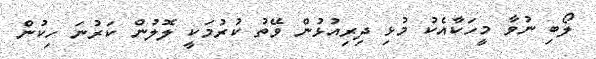
ލޯބި ނުވާ މީހަކާއެކު މުޅި ދިރިއުޅުން ވޭތު ކުރުމަކީ ލޮލުން ކަރުނަ ހިކުން